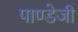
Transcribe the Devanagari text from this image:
पाण्डेजी